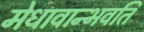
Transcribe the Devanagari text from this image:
मेधावान्भवति